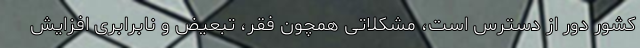
کشور دور از دسترس است، مشکلاتی همچون فقر، تبعیض و نابرابری افزایش